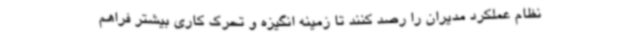
نظام عملکرد مدیران را رصد کنند تا زمینه انگیزه و تحرک کاری بیشتر فراهم